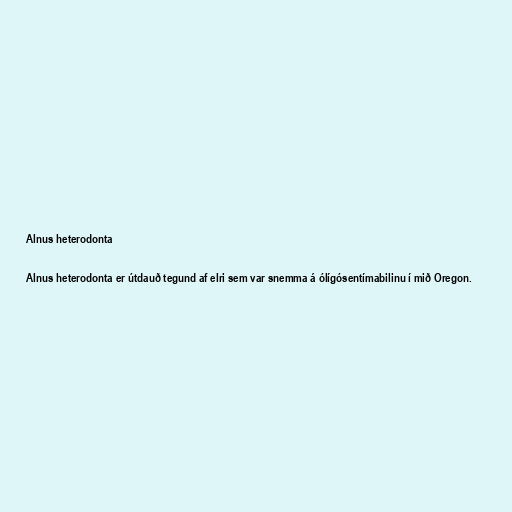
Alnus heterodonta

Alnus heterodonta er útdauð tegund af elri sem var snemma á ólígósentímabilinu í mið Oregon.